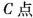
C点